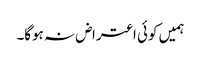
ہمیں کوئی اعتراض نہ ہوگا۔